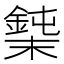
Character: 𰼼